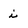
Character: i